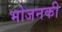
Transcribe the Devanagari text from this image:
भोजनकी